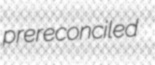
prereconciled